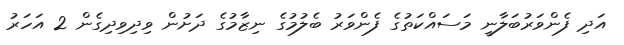
އަދި ފެންވަރުބަލާނީ މަސައްކަތުގެ ފެންވަރު ބެލުމުގެ ނިޒާމުގެ ދަށުން ވިދިވިދިގެން 2 އަހަރު